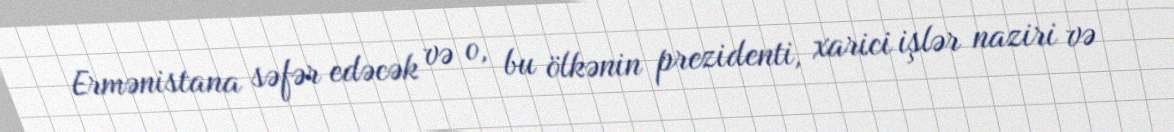
Ermənistana səfər edəcək və o, bu ölkənin prezidenti, xarici işlər naziri və